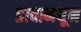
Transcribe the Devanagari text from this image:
डावामधून